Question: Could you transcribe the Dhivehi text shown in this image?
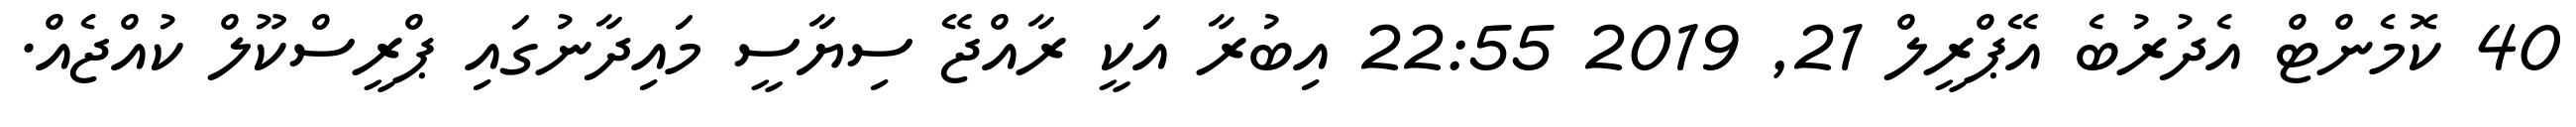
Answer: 40 ކޮމެންޓް އެދުރުބެ އޭޕްރީލް 21, 2019 22:55 އިބުރާ އަކީ ރާއްޖޭ ސިޔާސީ މައިދާނުގައި ޕްރީސްކޫލް ކުއްޖެއް.